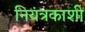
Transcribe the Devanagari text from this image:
नियंत्रकाशी